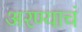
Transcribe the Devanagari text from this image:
अरण्याचं